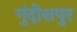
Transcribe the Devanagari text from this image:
गुंदीशपुर